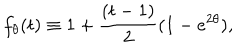
LaTeX: f _ { \theta } ( t ) \equiv 1 + { \frac { ( t - 1 ) } { 2 } } ( 1 - e ^ { 2 \theta } ) ,